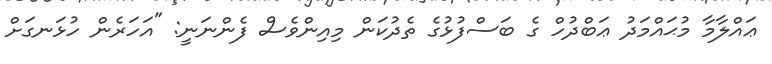
ޢައްލާމާ މުޙައްމަދު ޢަބްދުހް ގެ ބަސްފުޅުގެ ތެދުކަން މިއިންވެސް ފެންނަނީ: "އަހަރެން ހުޅަނގަށް